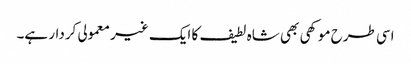
اسی طرح موکھی بھی شاہ لطیف کا ایک غیر معمولی کردار ہے۔